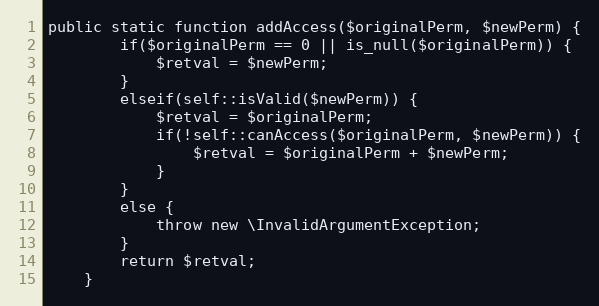
Language: PHP
public static function addAccess($originalPerm, $newPerm) {
		if($originalPerm == 0 || is_null($originalPerm)) {
			$retval = $newPerm;
		}
		elseif(self::isValid($newPerm)) {
			$retval = $originalPerm;
			if(!self::canAccess($originalPerm, $newPerm)) {
				$retval = $originalPerm + $newPerm;
			}
		}
		else {
			throw new \InvalidArgumentException;
		}
		return $retval;
	}